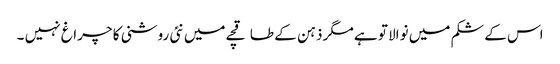
اس کے شکم میں نوالا تو ہے مگر ذہن کے طاقچے میں نئی روشنی کا چراغ نہیں ۔